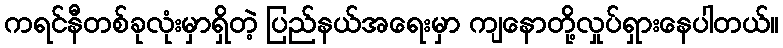
ကရင်နီတစ်ခုလုံးမှာရှိတဲ့ ပြည်နယ်အရေးမှာ ကျနောတို့လှုပ်ရှားနေပါတယ်။